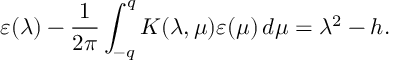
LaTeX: \varepsilon ( \lambda ) - \frac { 1 } { 2 \pi } \int _ { - q } ^ { q } K ( \lambda , \mu ) \varepsilon ( \mu ) \, d \mu = \lambda ^ { 2 } - h .